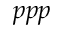
p p p